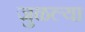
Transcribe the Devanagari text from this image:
जुळल्या